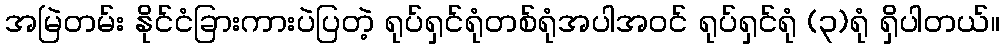
အမြဲတမ်း နိုင်ငံခြားကားပဲပြတဲ့ ရုပ်ရှင်ရုံတစ်ရုံအပါအဝင် ရုပ်ရှင်ရုံ (၃)ရုံ ရှိပါတယ်။